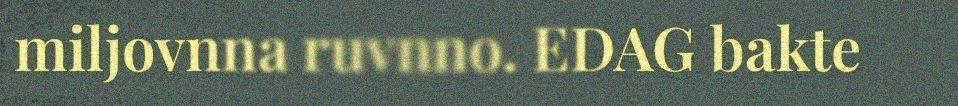
miljovnna ruvnno. EDAG bakte